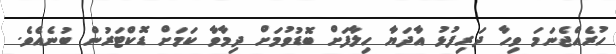
ހުރެއްޖެނަމަ ވިހާ ދަރިފުޅު އާދަޔާ ހިލާފަށް ބޮޑުވުމަށް ދިމާވާ ކަމަށް ޑޮކްޓަރުން ބުނެއެވެ.